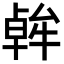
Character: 𪟷